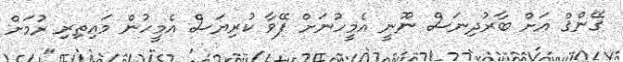
ޤޭންޤް އަށް ބާރުދިނަސް ނޫނީ އެމީހުނަށް ފޭވާ ކުރިޔަސް އެމީހުން މައިތިރި ރުމަށް